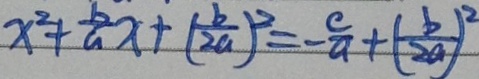
x ^ { 2 } + \frac { b } { a } x + ( \frac { b } { 2 a } ) ^ { 2 } = - \frac { c } { a } + ( \frac { b } { 2 a } ) ^ { 2 }